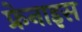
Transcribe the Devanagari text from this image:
फ्रेनाइस